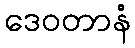
ဒေဝတာနံ